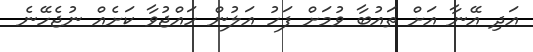
އަދި އޭނާ އަށް ތައުބާ ވުމަށް ފަހު އަލުން ހައްޖުވާ ކަށެއް ނުޖެހޭނެ